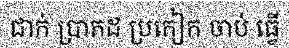
ជាក់ ប្រាកដ ប្រកៀក ចាប់ ធ្វើ